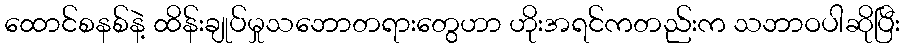
ထောင်စနစ်နဲ့ ထိန်းချုပ်မှုသဘောတရားတွေဟာ ဟိုးအရင်ကတည်းက သဘာဝပါဆိုပြီး